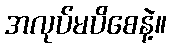
အလုပ်မပိစေနဲ့။